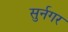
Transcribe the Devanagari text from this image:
सुर्नगर